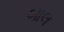
બાલ